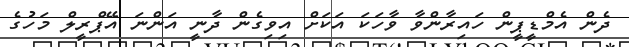
ދެން އެމްޑީޕީން ހައިރާންވާ ވާހަކަ އަކަށް އިވިގެން ދާނީ އަންނަ އޭޕްރީލް މަހުގެ